Report of the King Institute of Preventive Medicine, Guindy
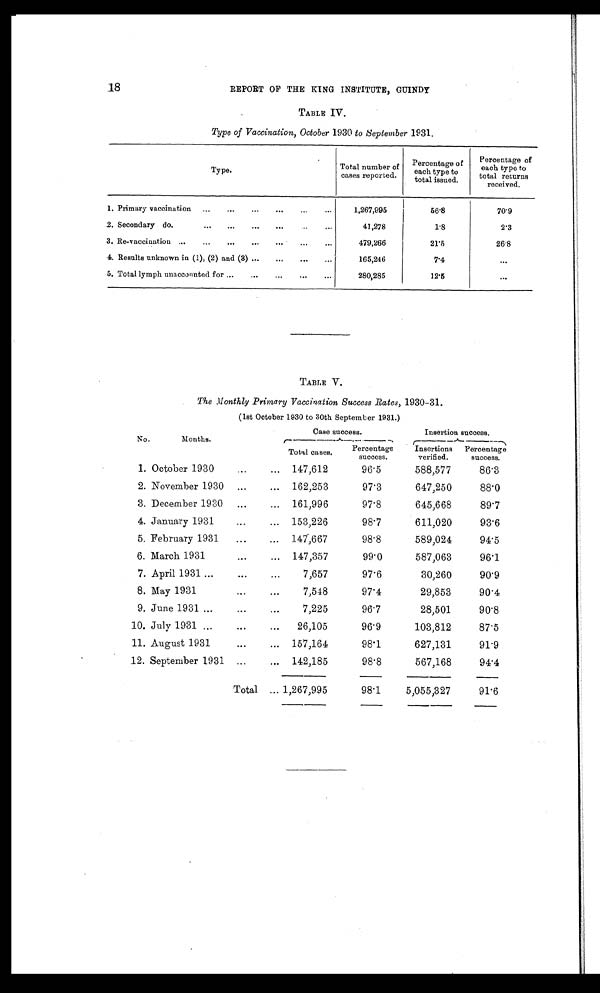
18
REPORT OF THE KING INSTITUTE, GUINDY
TABLE IV.
Type of Vaccination, October 1930 to September 1931.
Type.
Total number of
cases reported.
Percentage of
each type to
total issued.
Percentage of
each type to
total returns
received.
1.
Primary vaccination
1,267,995
56 8
70·9
2. Secondary do.
41,278
1·8
2·3
3.
Re-vaccination
479,266
21·5
26·8
4.
Results unknown in (1), (2) and (3)
165,246
7·4
TABLE V.
The Monthly Primary Vaccination Success Rates, 1930-31.
(1st October 1930 to 30th September 1931.)
1.
2.
3.
4.
5.
6 .
7.
8.
9.
10.
11.
12.